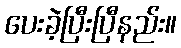
ပေးခဲ့ပြီးပြီနည်း။